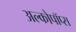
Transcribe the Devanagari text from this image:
अल्कोपॉप्स